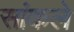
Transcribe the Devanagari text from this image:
सांकले